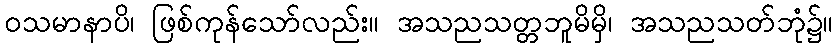
ဝသမာနာပိ၊ ဖြစ်ကုန်သော်လည်း။ အသညသတ္တဘူမိမှိ၊ အသညသတ်ဘုံ၌။